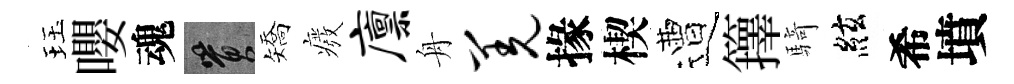
珏嚶魂篔矯癈廪舟羌掾楔遭籜騎絃希墳